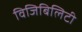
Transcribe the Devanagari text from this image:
विजिबिलिटी